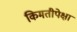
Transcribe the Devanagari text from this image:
किमतीपेक्षा